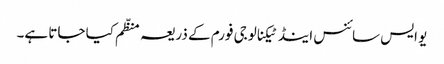
یو ایس سائنس اینڈ ٹیکنالوجی فورم کے ذریعہ منظّم کیا جاتا ہے۔